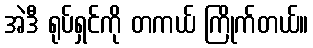
အဲဒီ ရုပ်ရှင်ကို တကယ် ကြိုက်တယ်။